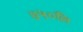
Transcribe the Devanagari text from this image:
७५०लि